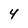
Character: 4